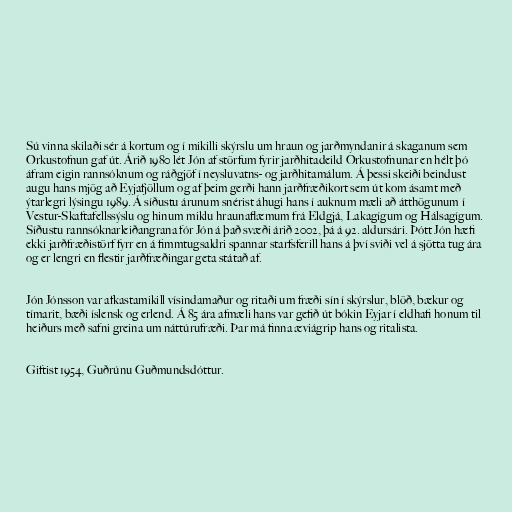
Sú vinna skilaði sér á kortum og í mikilli skýrslu um hraun og jarðmyndanir á skaganum sem
Orkustofnun gaf út. Árið 1980 lét Jón af störfum fyrir jarðhitadeild Orkustofnunar en hélt þó
áfram eigin rannsóknum og ráðgjöf í neysluvatns- og jarðhitamálum. Á þessi skeiði beindust
augu hans mjög að Eyjafjöllum og af þeim gerði hann jarðfræðikort sem út kom ásamt með
ýtarlegri lýsingu 1989. Á síðustu árunum snérist áhugi hans í auknum mæli að átthögunum í
Vestur-Skaftafellssýslu og hinum miklu hraunaflæmum frá Eldgjá, Lakagígum og Hálsagígum.
Síðustu rannsóknarleiðangrana fór Jón á það svæði árið 2002, þá á 92. aldursári. Þótt Jón hæfi
ekki jarðfræðistörf fyrr en á fimmtugsaldri spannar starfsferill hans á því sviði vel á sjötta tug ára
og er lengri en flestir jarðfræðingar geta státað af.

Jón Jónsson var afkastamikill vísindamaður og ritaði um fræði sín í skýrslur, blöð, bækur og
tímarit, bæði íslensk og erlend. Á 85 ára afmæli hans var gefið út bókin Eyjar í eldhafi honum til
heiðurs með safni greina um náttúrufræði. Þar má finna æviágrip hans og ritalista.

Giftist 1954, Guðrúnu Guðmundsdóttur.